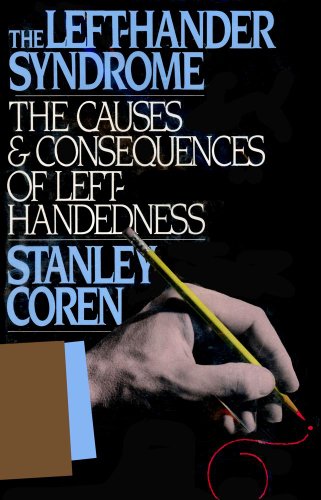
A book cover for The Left-Hander Syndrome : The Causes & Consequences of Left Handedness; Stanley Coren; Medical Books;